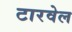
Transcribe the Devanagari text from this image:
टारवेल